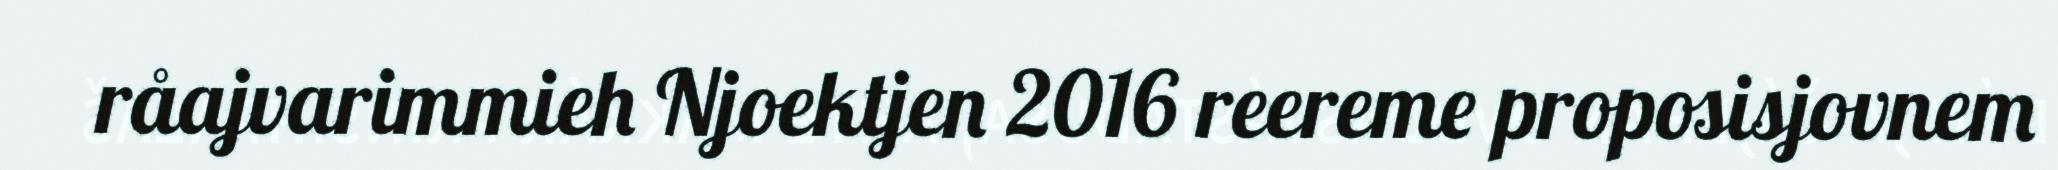
råajvarimmieh Njoektjen 2016 reereme proposisjovnem